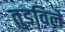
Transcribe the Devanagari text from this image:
तुडविले